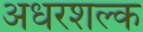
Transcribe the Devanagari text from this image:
अधरशल्क